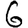
Digit: 6